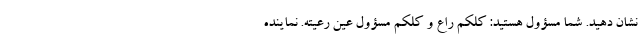
نشان دهید. شما مسؤول هستید: کلکم راع و کلکم مسؤول عین رعیته. نماینده